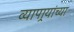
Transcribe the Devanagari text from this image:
व्यापार्‍यांच्या